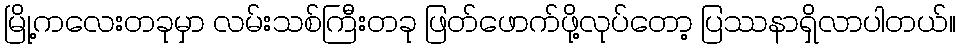
မြို့ကလေးတခုမှာ လမ်းသစ်ကြီးတခု ဖြတ်ဖောက်ဖို့လုပ်တော့ ပြဿနာရှိလာပါတယ်။